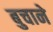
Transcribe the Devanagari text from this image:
बुचाने